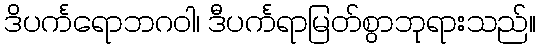
ဒိပင်္ကရောဘဂဝါ၊ ဒီပင်္ကရာမြတ်စွာဘုရားသည်။